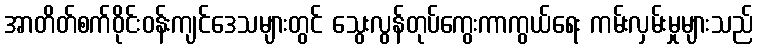
အာတိတ်စက်ဝိုင်းဝန်းကျင်ဒေသများတွင် သွေးလွန်တုပ်ကွေးကာကွယ်ရေး ကမ်းလှမ်းမှုများသည်